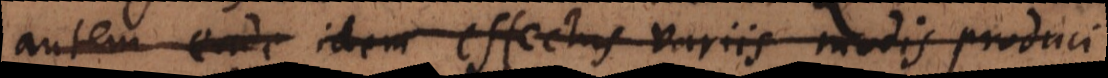
autem eade idem effectus variis modis produci